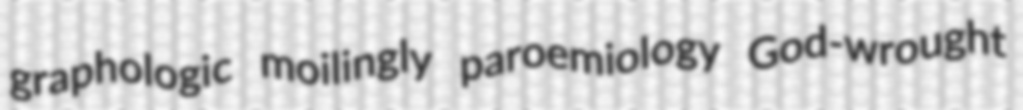
graphologic moilingly paroemiology God-wrought